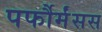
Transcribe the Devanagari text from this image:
पर्फौर्मंसस